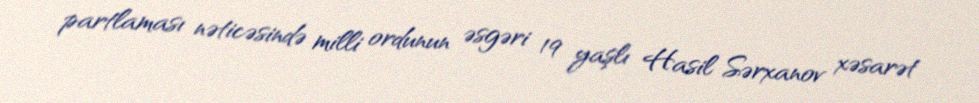
partlaması nəticəsində milli ordunun əsgəri 19 yaşlı Hasil Sərxanov xəsarət